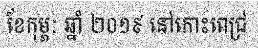
ខែកុម្ភៈ ឆ្នាំ ២០១៩ នៅកោះពេជ្រ